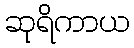
ဆုရိကာယ